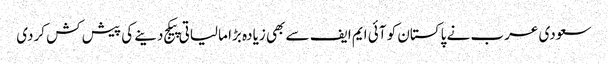
سعودی عرب نے پاکستان کو آئی ایم ایف سے بھی زیادہ بڑا مالیاتی پیکج دینے کی پیش کش کردی